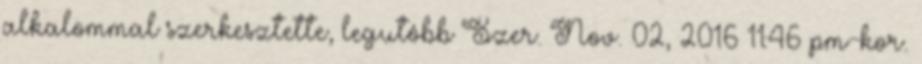
alkalommal szerkesztette, legutóbb Szer. Nov. 02, 2016 11:46 pm-kor.